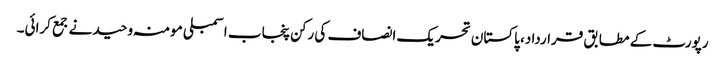
رپورٹ کے مطابق قرارداد، پاکستان تحریک انصاف کی رکن پنجاب اسمبلی مومنہ وحید نے جمع کرائی۔